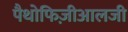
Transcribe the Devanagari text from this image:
पैथोफिज़ीआलजी